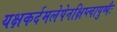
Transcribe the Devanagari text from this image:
यक्षकर्दमलेपेनक्षिप्त्वापुष्पैः